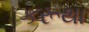
કરૂથા